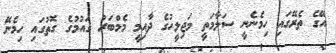
އޭގެ ތެރޭގައި ހިމެނެނީ ސަލާމަތީ މަޖިލީހުގެ ދާއިމީ މެމްބަރު ގައުމުގެ ގޮތުގައި ހިމެނޭ